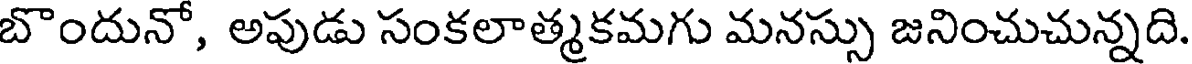
బొందునో, అపుడు సంకలాత్మకమగు మనస్సు జనించుచున్నది